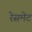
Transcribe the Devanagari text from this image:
रेसमेट